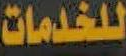
للخدمات